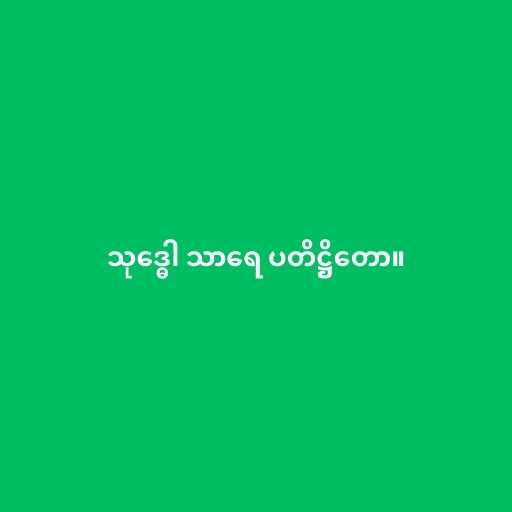
သုဒ္ဓေါ သာရေ ပတိဋ္ဌိတော။